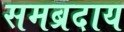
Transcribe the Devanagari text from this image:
समब्रदाय